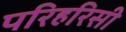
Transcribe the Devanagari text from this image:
परिहरिसी